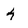
Character: 4